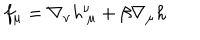
f _ { \mu } = \nabla _ { \nu } h _ { ~ \mu } ^ { \nu } + \beta \nabla _ { \mu } h